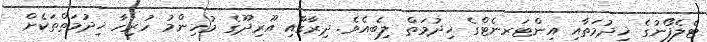
ޓެލެފޯނުގެ ޚިދުމަތާއި އިންޓަރނެޓްގެ ޚިދުމަތް ލިބެއެވެ. ދިރާގާއި އޫރިދޫގެ މުހިންމު ހުރިހާ ޚިދުމަތްތަކެށް